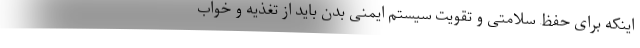
اینکه برای حفظ سلامتی و تقویت سیستم ایمنی بدن باید از تغذیه و خواب